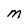
Character: M